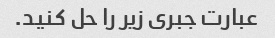
عبارت جبری زیر را حل کنید.